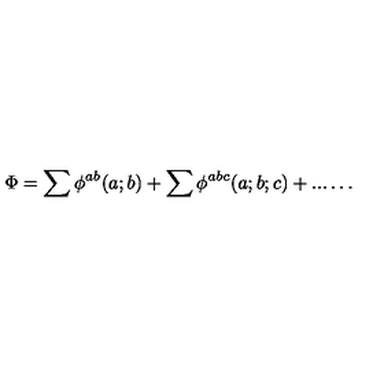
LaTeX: \Phi = \sum \phi ^ { a b } ( a ; b ) + \sum \phi ^ { a b c } ( a ; b ; c ) + . . . \ldots